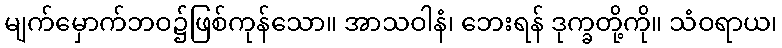
မျက်မှောက်ဘဝ၌ဖြစ်ကုန်သော။ အာသဝါနံ၊ ဘေးရန် ဒုက္ခတို့ကို။ သံဝရာယ၊